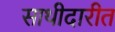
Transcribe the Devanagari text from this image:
साथीदारीत